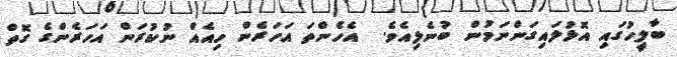
ބާލީހުގައި އޮޅުލައިގަންނަމުން ބުނެލިއެވެ.  އެހެންތަ އަހަރެން ހިއެއް ނުކުރަން އަހަރެންގެ ގޮތް